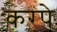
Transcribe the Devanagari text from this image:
करपे